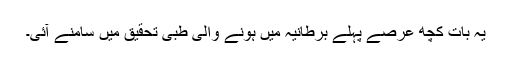
یہ بات کچھ عرصے پہلے برطانیہ میں ہونے والی طبی تحقیق میں سامنے آئی۔